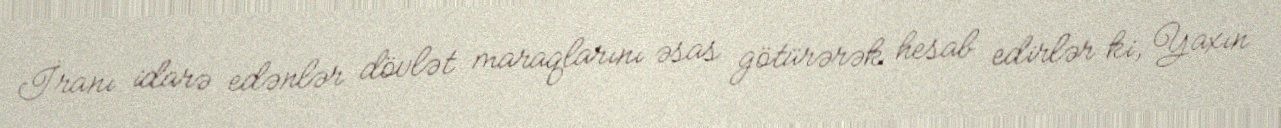
İranı idarə edənlər dövlət maraqlarını əsas götürərək hesab edirlər ki, Yaxın